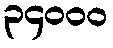
၃၄၀၀၀